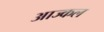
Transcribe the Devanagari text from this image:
आज्कल